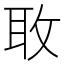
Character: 𫾬